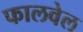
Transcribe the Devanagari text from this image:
फालवेल